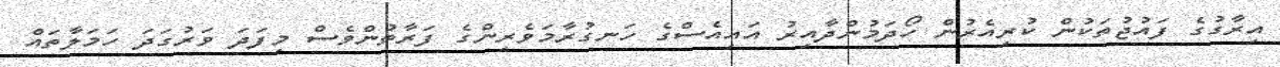
އިރާގުގެ ފައުޖުތަކުން ކުރިއެރުން ހޯދަމުންދާއިރު އައިއެސްގެ ހަނގުރާމަވެރިންގެ ފަރާތުންވެސް މިފަދަ ވަރުގަދަ ހަމަލާތައް